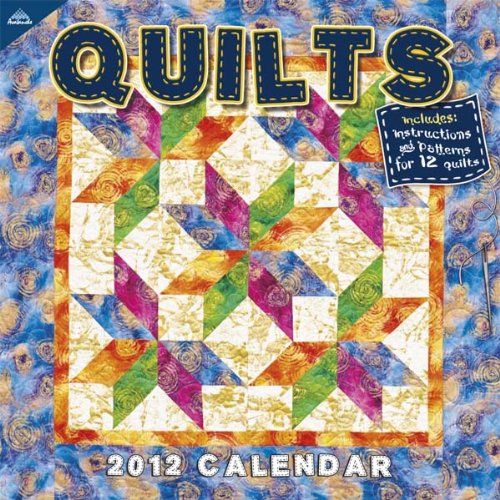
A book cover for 2012 Quilts 12X12 Wall  calendar; Perfect Timing  - Avalanche; Calendars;